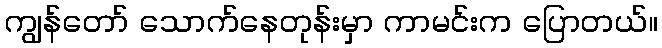
ကျွန်တော် သောက်နေတုန်းမှာ ကာမင်းက ပြောတယ်။